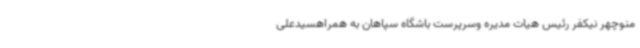
منوچهر نیکفر رئیس هیات مدیره وسرپرست باشگاه سپاهان به همراهسیدعلی